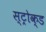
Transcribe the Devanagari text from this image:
स्ट्रोक्ड